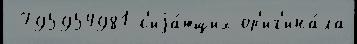
 795954981 с'иjа́ющих ор'иг'ина́ла